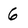
Character: 6